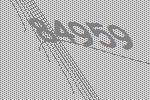
84959